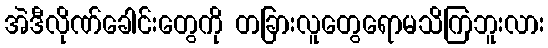
အဲဒီလိုဏ်ခေါင်းတွေကို တခြားလူတွေရောမသိကြဘူးလား